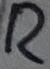
Text: R